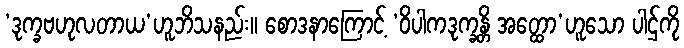
‘ဒုက္ခဗဟုလတာယ’ဟူဘိသနည်း။ စောဒနာကြောင့် ‘ဝိပါကဒုက္ခန္တိ အတ္ထော’ဟူသော ပါဌ်ကို